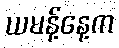
ယမန့်နေ့က